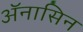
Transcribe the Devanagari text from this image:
ॲनासिन